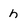
Character: h